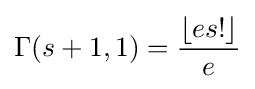
\Gamma (s+1,1)={\frac {\lfloor es!\rfloor }{e}}